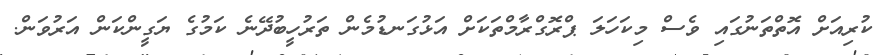
ކުރިއަށް އޮތްތަނުގައި ވެސް މިކަހަލަ ޕްރޮގްރާމްތަކަށް އަޅުގަނޑުމެން ތަރުހީބުދޭނެ ކަމުގެ ޔަގީންކަން އަރުވަން.